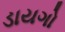
ડાયગો